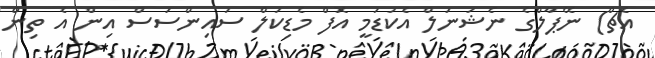
އެޗް) ނޭޕާލްގެ ނެޝަނަލް އެކަޑަމީ އޮފް މެޑިކަލް ސައިންސަސް އިން އެ ތިން